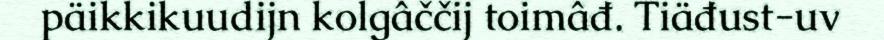
päikkikuudijn kolgâččij toimâđ. Tiäđust-uv